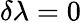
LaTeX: \delta\lambda=0